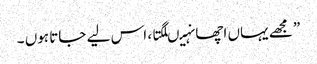
” مجھے یہاں اچھا نہیںلگتا ، اس لیے جاتا ہوں ۔